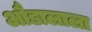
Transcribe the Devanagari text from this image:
औडालाला